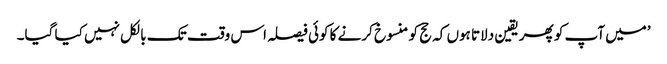
’میں آپ کو پھر یقین دلاتا ہوں کہ حج کو منسوخ کرنے کا کوئی فیصلہ اس وقت تک بالکل نہیں کیا گیا۔